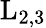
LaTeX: \mathrm{L_{2,3}}